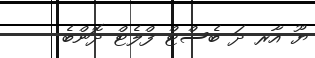
ޔޫ އާރ ދަ ބެސްޓް ފްލެޓް ދޮންބެ